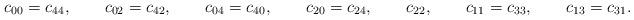
LaTeX: \begin{align*}c_{00}=c_{44}, \qquad c_{02}=c_{42}, \qquad c_{04}=c_{40}, \qquad c_{20}=c_{24}, \qquad c_{22}, \qquad c_{11}=c_{33}, \qquad c_{13}=c_{31}.\end{align*}